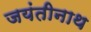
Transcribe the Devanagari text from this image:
जयंतीनाथ